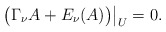
\begin{align*}\bigl( \Gamma_\nu A + E_\nu(A) \bigr) \big|_U = 0 .\end{align*}